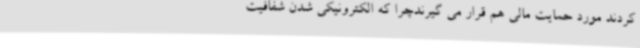
کردند مورد حمایت مالی هم قرار می گیرندچرا که الکترونیکی شدن شفافیت